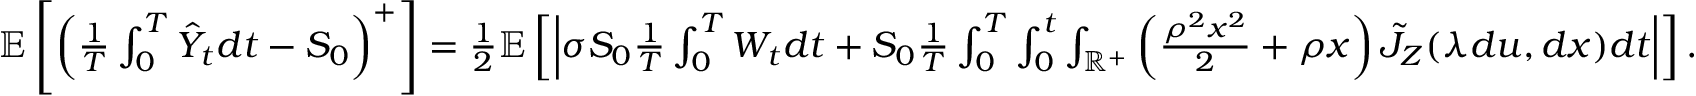
\begin{array} { r } { \mathbb { E } \left[ \left( \frac { 1 } { T } \int _ { 0 } ^ { T } \hat { Y } _ { t } d t - S _ { 0 } \right) ^ { + } \right] = \frac { 1 } { 2 } \mathbb { E } \left[ \left| \sigma S _ { 0 } \frac { 1 } { T } \int _ { 0 } ^ { T } { W } _ { t } d t + S _ { 0 } \frac { 1 } { T } \int _ { 0 } ^ { T } \int _ { 0 } ^ { t } \int _ { \mathbb { R } ^ { + } } \left( \frac { \rho ^ { 2 } x ^ { 2 } } { 2 } + \rho x \right) \tilde { J } _ { Z } ( \lambda d u , d x ) d t \right| \right] . } \end{array}